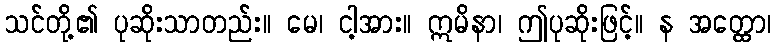
သင်တို့၏ ပုဆိုးသာတည်း။ မေ၊ ငါ့အား။ ဣမိနာ၊ ဤပုဆိုးဖြင့်။ န အတ္ထော၊